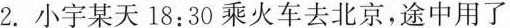
2.小宇某天18:30乘火车去北京，途中用了